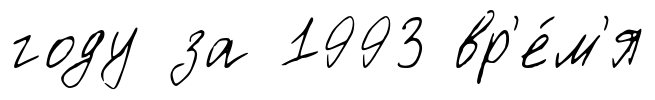
году за 1993 вр'е́м'я